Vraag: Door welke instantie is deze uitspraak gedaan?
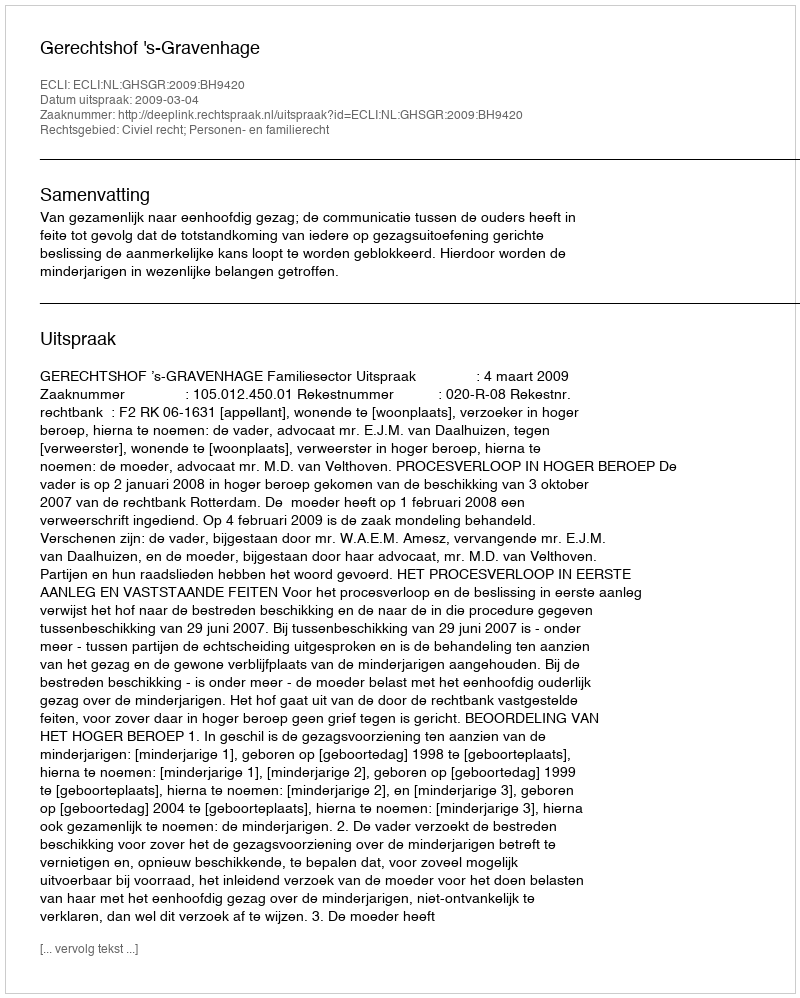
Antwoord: Gerechtshof 's-Gravenhage